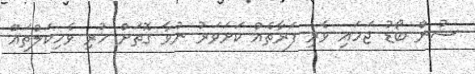
ސުން ބޯޑު ޖަހައި ވެރި ފަރާތެއް ކަށަވަރު ނުވާ ގޮތަށް ހުރި ވެހިކަލްތައް